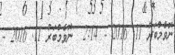
ނޮވެމްބަރު 11